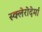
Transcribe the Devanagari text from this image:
स्क्लेरोदेर्मा